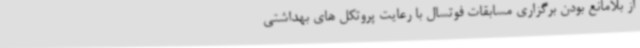
از بلامانع بودن برگزاری مسابقات فوتسال با رعایت پروتکل های بهداشتی